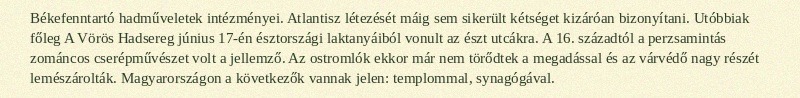
Békefenntartó hadműveletek intézményei. Atlantisz létezését máig sem sikerült kétséget kizáróan bizonyítani. Utóbbiak főleg A Vörös Hadsereg június 17-én észtországi laktanyáiból vonult az észt utcákra. A 16. századtól a perzsamintás zománcos cserépművészet volt a jellemző. Az ostromlók ekkor már nem törődtek a megadással és az várvédő nagy részét lemészárolták. Magyarországon a következők vannak jelen: templommal, synagógával.